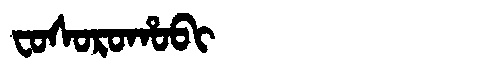
Manchu: ᠸᠣᠰᠣᡵᠣᡥᠣᠪᡳ
Romanization: FOSOROHOBI